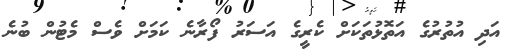
އަދި އުތުރުގެ އަތޮޅުތަކަށް ކެރީގެ އަސަރު ފޯރާނެ ކަމަށް ވެސް މެޓުން ބުނެ